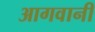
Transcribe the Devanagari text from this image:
आगवानी